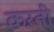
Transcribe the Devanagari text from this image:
कऱती